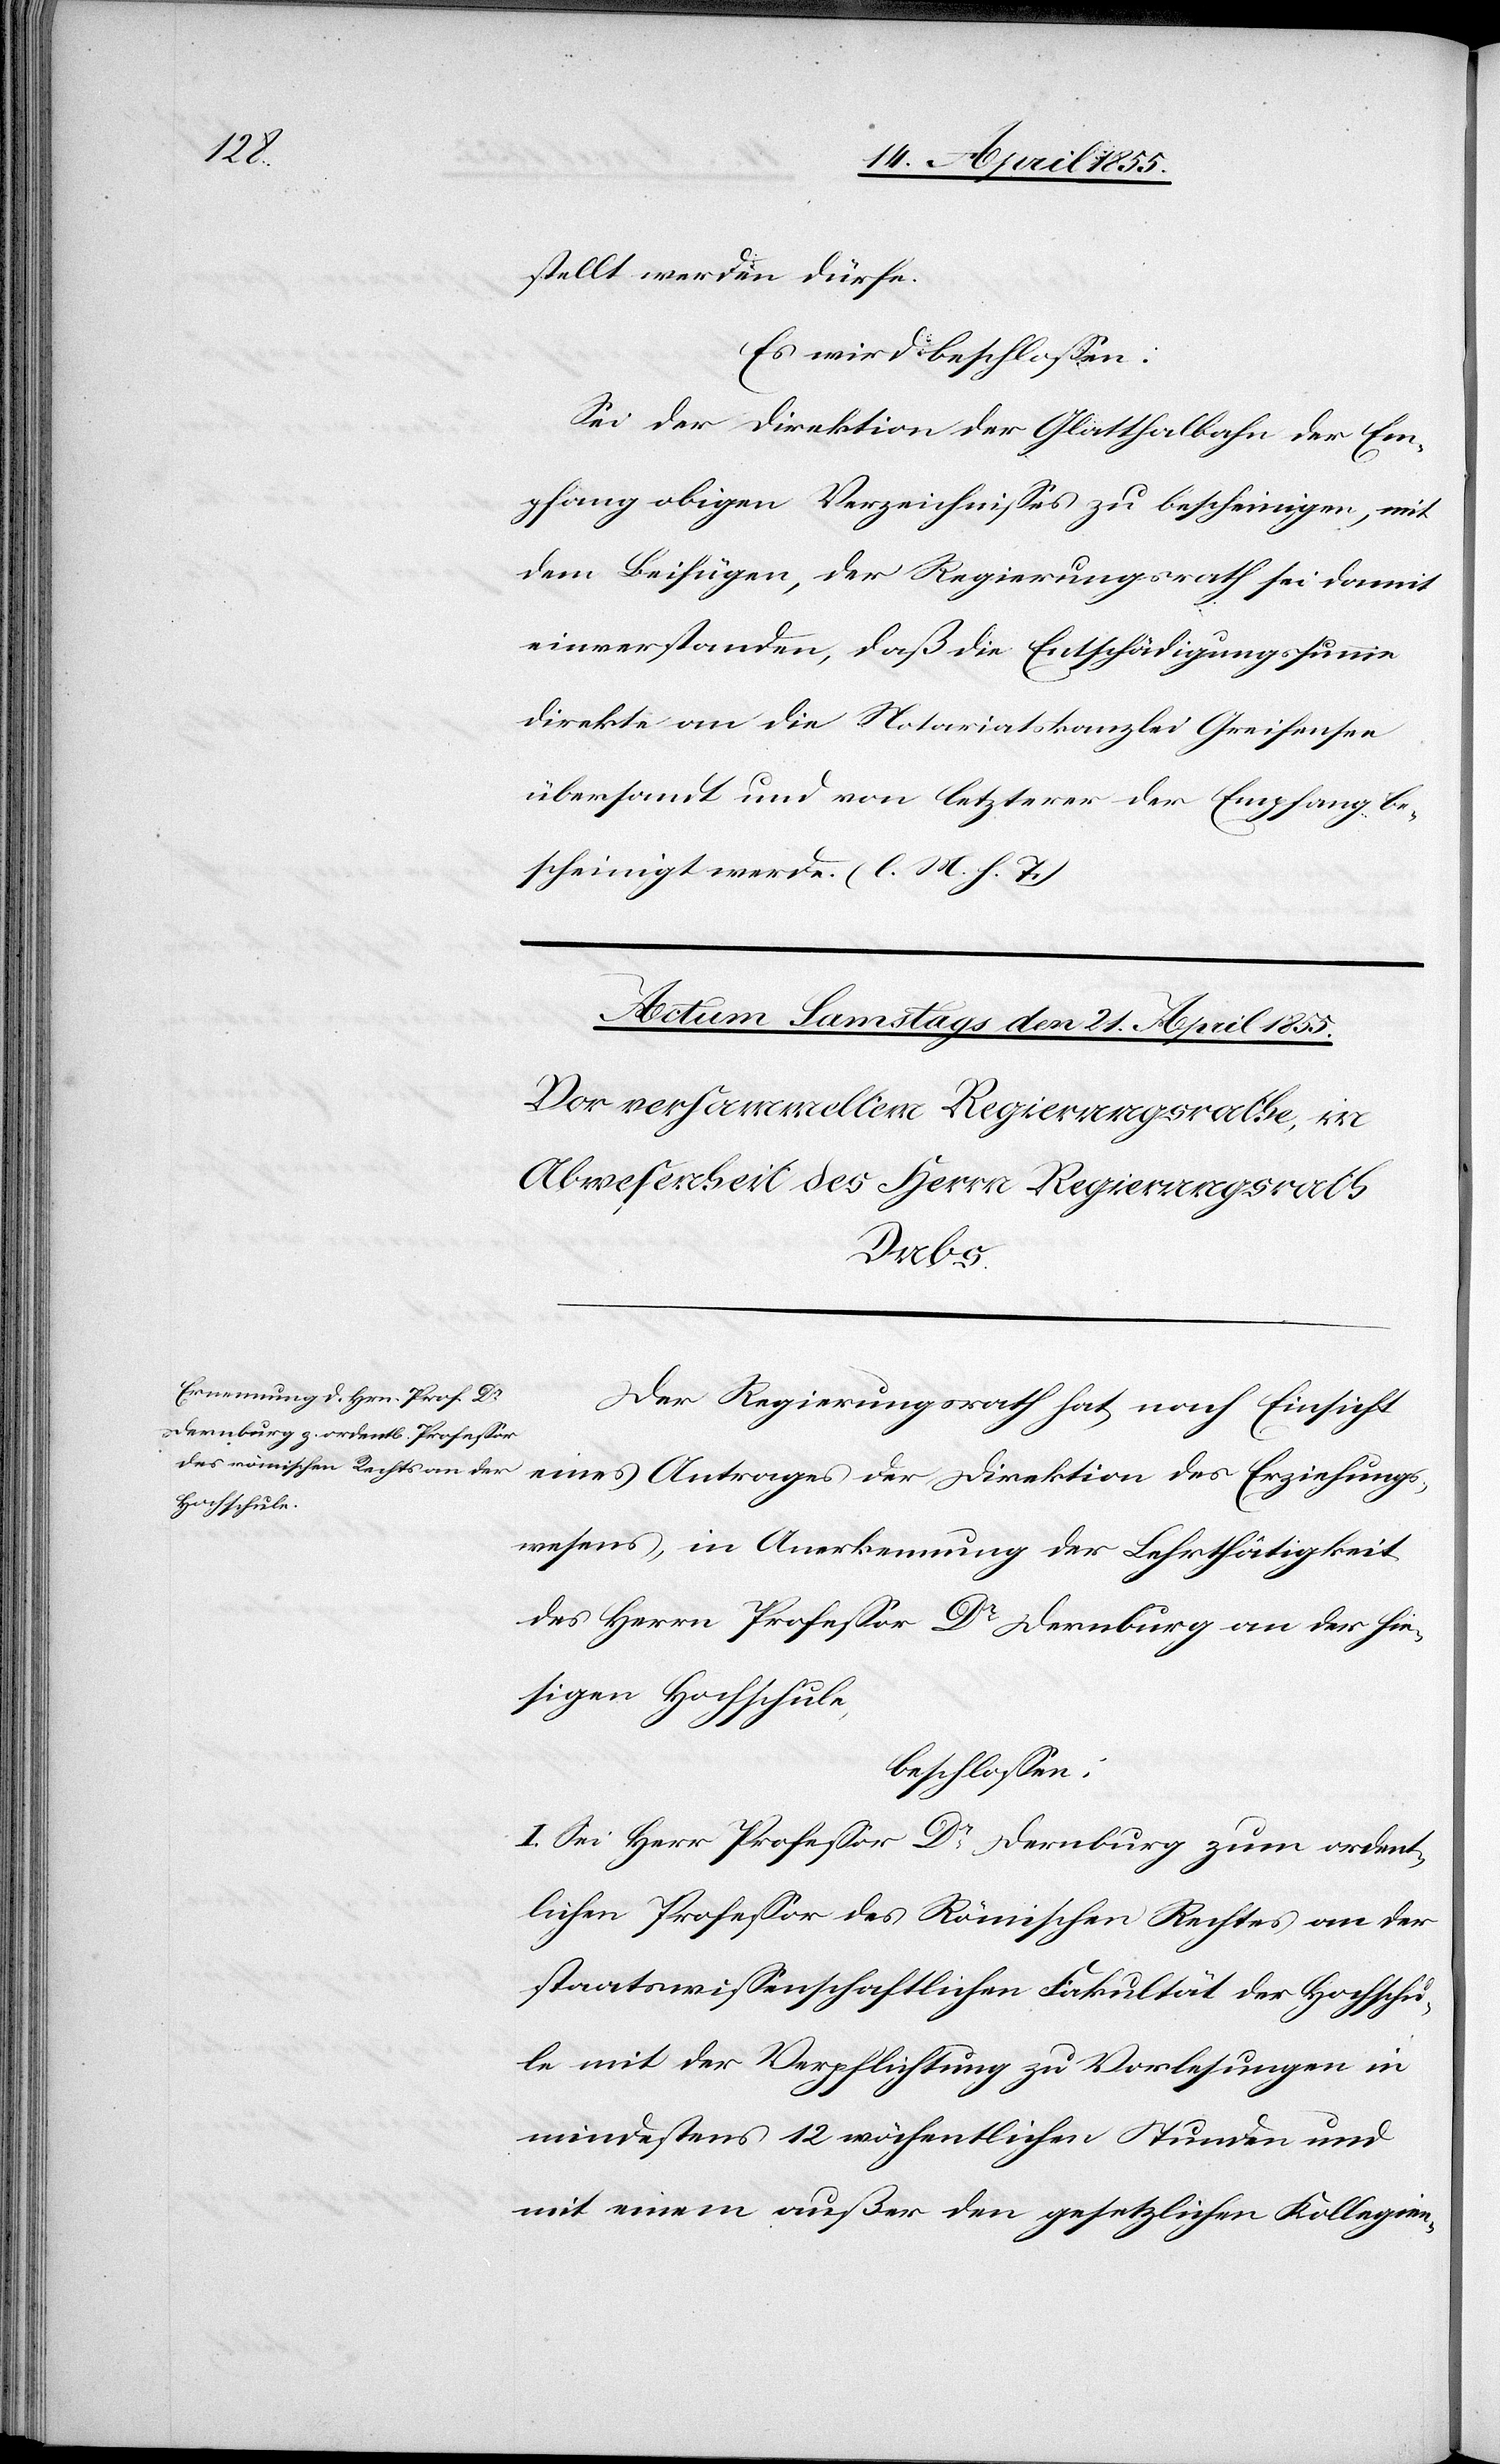
stellt werden dürfe.
Es wird beschlossen:
Sei der Direktion der Glatthalbahn der Em¬
pfang obigen Verzeichnisses zu bescheinigen, mit
dem Beifügen, der Regierungsrath sei damit
einverstanden, daß die Entschädigungssumme
direkte an die Notariatskanzlei Greifensee
übersandt und von letzterer der Empfang be¬
scheinigt werde. (l. M. h. T.)
Der Regierungsrath hat nach Einsicht
eines Antrages der Direktion des Erziehungs¬
wesens, in Anerkennung der Lehrthätigkeit
des Herrn Professor Dr Dernburg an der hie¬
sigen Hochschule,
beschlossen:
I. Sei Herr Professor Dr Dernburg zum ordent¬
lichen Professor des Römischen Rechtes an der
staatswissenschaftlichen Fakultät der Hochschu¬
le mit der Verpflichtung zu Vorlesungen in
mindestens 12 wöchentlichen Stunden und
mit einem außer den gesetzlichen Kollegien-